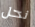
نحل